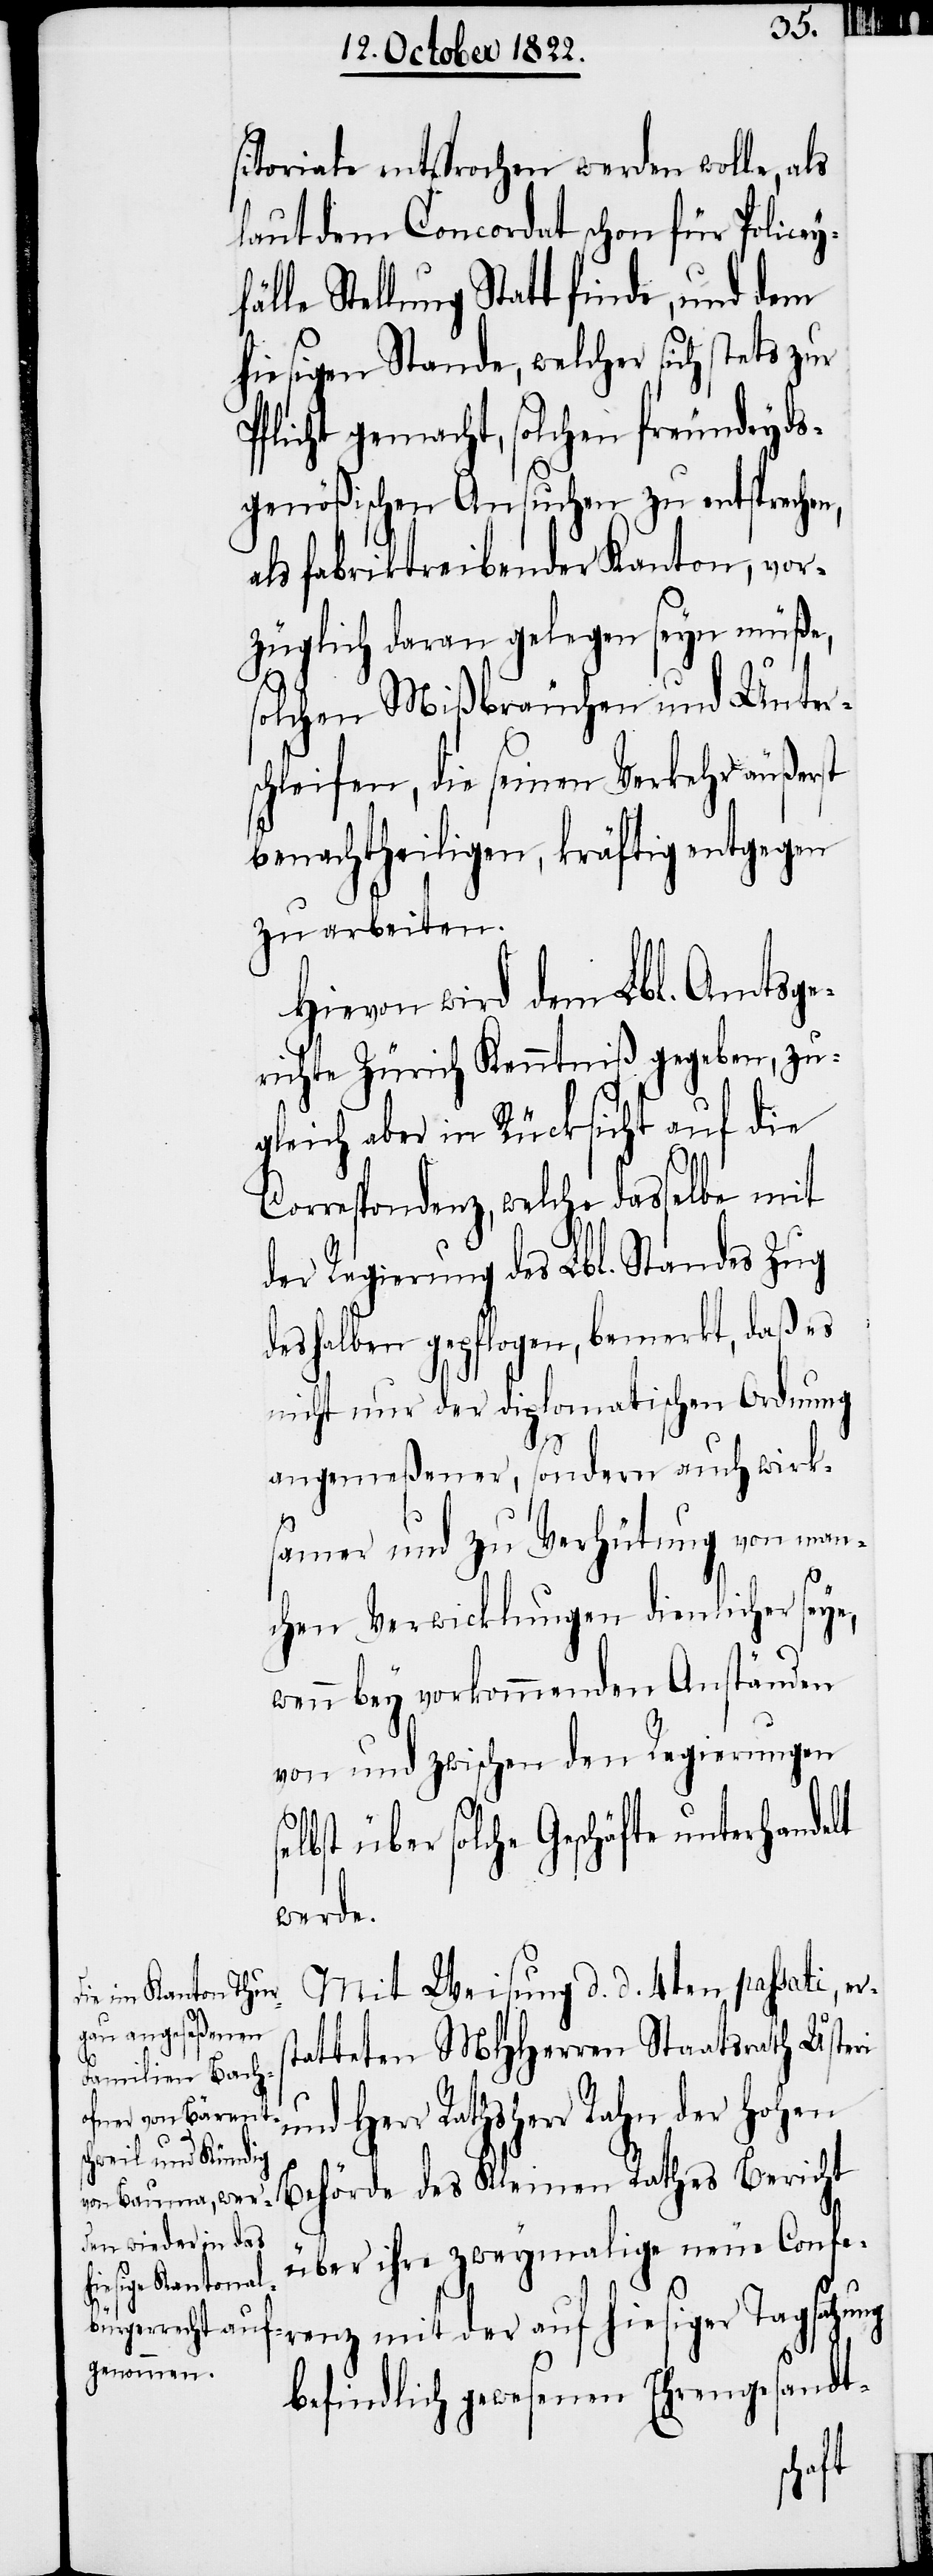
sitoriale entsprochen werden wolle, als
laut dem Concordat schon für Policey¬
le Stellung Statt finde, und dem
hiesigen Stande, welcher sich stets zur
Pflicht gemacht, solchen freundeyds¬
genößischen Ansuchen zu entsprechen,
als fabriktreibender Kanton, vor¬
züglich daran gelegen seyn müße,
solchen Mißbräuchen und Unter¬
schleifen, die seinen Verkehr äußerst
benachtheiligen, kräftig entgegen
zu arbeiten.
Hievon wird dem Lbl. Amtsge¬
richte Zürich Kenntniß gegeben, zu¬
gleich aber in Rücksicht auf die
Correspondenz, welche dasselbe mit
der Regierung des Lbl. Standes Zug
deshalben gepflogen, bemerkt, daß es
nicht nur der diplomatischen Ordnung
angemeßener, sondern auch wirk¬
samer und zu Verhütung von man¬
chen Verwicklungen dienlicher seye,
wenn bey vorkommenden Anständen
von und zwischen den Regierungen
elbst über solche Geschäfte unterhand¬
werde.
Mit Weisung d. d. 4ten passati, er¬
tatteten MHHerren Staatsrath Usteri
und Herr Rathsherr Rahn der hohen
über ihre zweymalige neue Confe¬
renz mit der auf hiesiger Tagsatzung
befindlich gewesenen Ehrengesandt-
cht

Beri¬